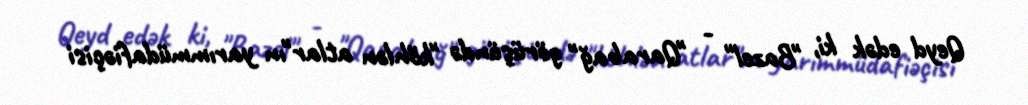
Qeyd edək ki, "Bazel" - "Qarabağ" görüşündə "köhlən atlar"ın yarımmüdafiəçisi